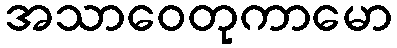
အသာဝေတုကာမော